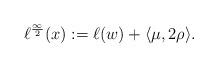
LaTeX: \begin{align*}\ell^{\frac\infty 2}(x) := \ell(w) +\langle \mu,2\rho\rangle.\end{align*}